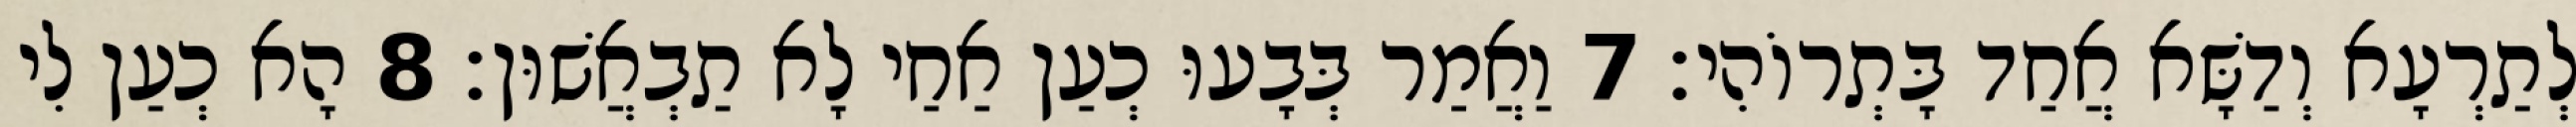
לְתַרְעָא וְדַשָּׁא אֲחַד בָּתְרוֹהִי׃ 7 וַאֲמַר בְּבָעוּ כְעַן אַחַי לָא תַבְאֲשׁוּן׃ 8 הָא כְעַן לִי